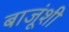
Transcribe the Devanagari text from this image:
बाजूंशी